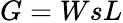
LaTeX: G=WsL